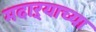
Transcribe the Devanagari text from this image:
मदाऱ्याच्या